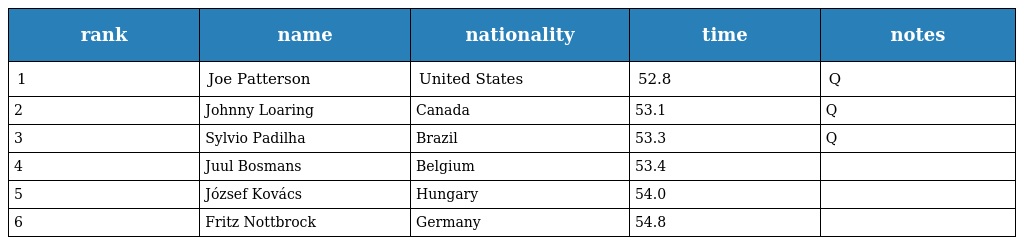
| rank | name | nationality | time | notes |
 | --- | --- | --- | --- | --- |
 | 1 | Joe Patterson | United States | 52.8 | Q |
 | 2 | Johnny Loaring | Canada | 53.1 | Q |
 | 3 | Sylvio Padilha | Brazil | 53.3 | Q |
 | 4 | Juul Bosmans | Belgium | 53.4 |  |
 | 5 | József Kovács | Hungary | 54.0 |  |
 | 6 | Fritz Nottbrock | Germany | 54.8 |  |